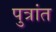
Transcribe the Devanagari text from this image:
पुत्रांत